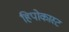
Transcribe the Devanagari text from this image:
हिपोकास्ट